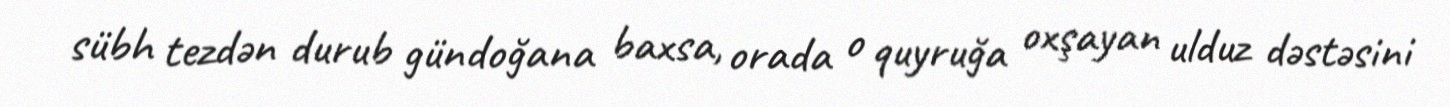
sübh tezdən durub gündoğana baxsa, orada o quyruğa oxşayan ulduz dəstəsini